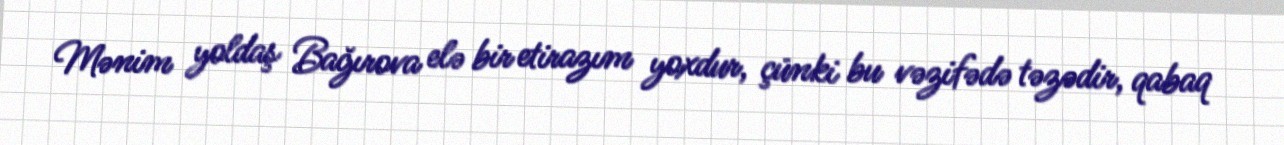
Mənim yoldaş Bağırova elə bir etirazım yoxdur, çünki bu vəzifədə təzədir, qabaq